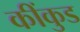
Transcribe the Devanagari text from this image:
कींकुड